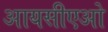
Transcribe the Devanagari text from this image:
आयसीएओ